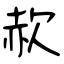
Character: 赥